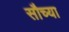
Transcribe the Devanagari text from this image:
सौच्या